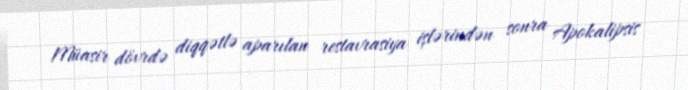
Müasir dövrdə diqqətlə aparılan restavrasiya işlərindən sonra Apokalipsis